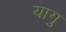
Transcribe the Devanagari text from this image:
यागु